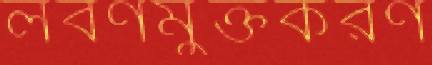
লবণমুক্তকরণ